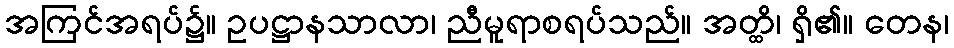
အကြင်အရပ်၌။ ဥပဋ္ဌာနသာလာ၊ ညီမူရာစရပ်သည်။ အတ္ထိ၊ ရှိ၏။ တေန၊